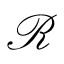
\mathcal { R }